Annual report on the lock hospitals of the Madras Presidency
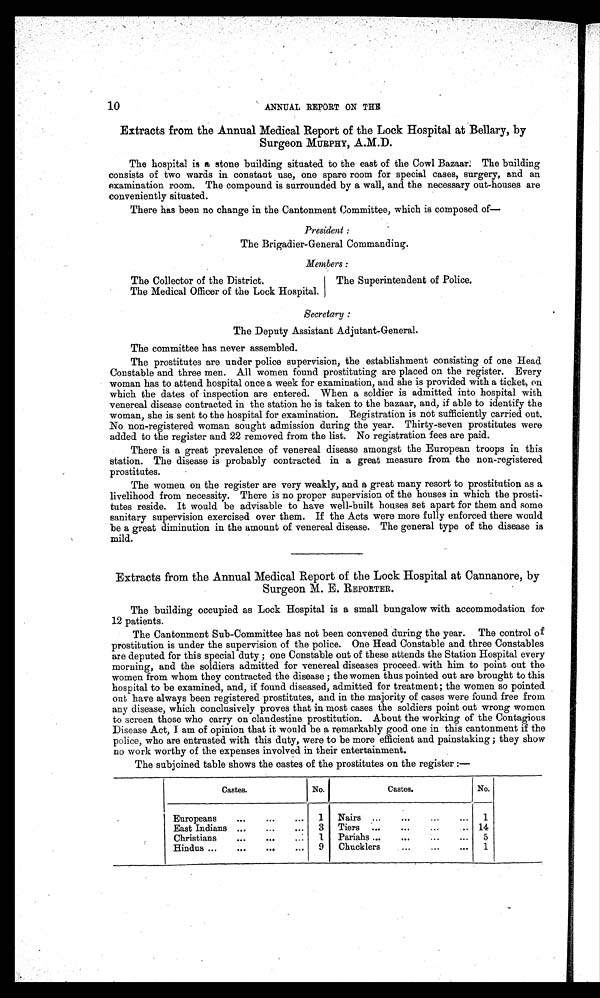
10
ANNUAL REPORT ON THE
Extracts from the Annual Medical Report of the Lock Hospital at Bellary, by
Surgeon MURPHY, A.M.D.
The hospital is a stone building situated to the east of the Cowl Bazaar. The building
consists of two wards in constant use, one spare room for special cases, surgery, and an
examination room. The compound is surrounded by a wall, and the necessary out-houses are
conveniently situated.
There has been no change in the Cantonment Committee, which is composed of
President :
The Brigadier-General Commanding.
Members :
The Collector of the District.
The Medical Officer of the Lock Hospital.
The Superintendent of Police.
Secretary
The Deputy Assistant Adjutant-General.
The committee has never assembled.
The prostitutes are under police supervision, the establishment consisting of one Head
Constable and three men. All women found prostituting are placed on the register. Every
woman has to attend hospital once a week for examination, and she is provided with a ticket, on
which the dates of inspection are entered. When a soldier is admitted into hospital with
venereal disease contracted in the station he is taken to the bazaar, and, if able to identify the
woman, she is sent to the hospital for examination. Registration is not sufficiently carried out.
No non-registered woman sought admission during the year. Thirty-seven prostitutes were
added to the register and 22 removed from the list. No registration fees are paid.
There is a great prevalence of venereal disease amongst the European troops in this
station. The disease is probably contracted in a great measure from the non-registered
prostitutes.
The women on the register are very weakly, and a great many resort to prostitution as a
livelihood from necessity. There is no proper supervision of the houses in which the prosti-
tutes reside. It would be advisable to have well-built houses set apart for them and some
sanitary supervision exercised over them. If the Acts were more fully enforced there would
be a great diminution in the amount of venereal disease. The general type of the disease is
mild.
Extracts from the Annual Medical Report of the Lock Hospital at Cannanore, by
Surgeon M. E. REPORTER.
The building occupied as Lock Hospital is a small bungalow with accommodation for
12 patients.
The Cantonment Sub-Committee has not been convened during the year. The control of
prostitution is under the supervision of the police. One Head Constable and three Constables
are deputed for this special duty ; one Constable out of these attends the Station Hospital every
morning, and the soldiers admitted for venereal diseases proceed. with him to point out the
women from whom they contracted the disease ; the women thus pointed out are brought to this
hospital to be examined, and, if found diseased, admitted for treatment; the women so pointed
out have always been registered prostitutes, and in the majority of cases were found free from
any disease, which conclusively proves that in most cases the soldiers point out wrong women
to screen those who carry on clandestine prostitution. About the working of the Contagious
Disease Act, I am of opinion that it would be a remarkably good one in this cantonment if the
police, who are entrusted with this duty, were to be more efficient and painstaking ; they show
no work worthy of the expenses involved in their entertainment.
The subjoined table shows the castes of the prostitutes on the register :—
Castes.
No.
Castes.
No.
Europeans
...
...
...
1
Nadirs ...
...
...
...
1
East Indians ...
...
...
3
Tiers
...
...
...
... 14
Christians
...
... ...
1
Pariahs ...
...
...
...
5
Hindus ...
...
. . .
9
Chucklers
...
...
...
1